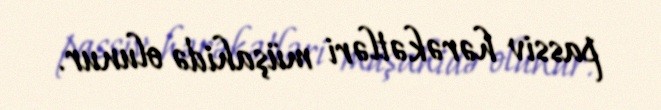
passiv hərəkətləri müşahidə olunur.